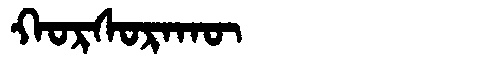
Manchu: ᡴᠣᡵᠰᠣᡵᠠᡴᡡ
Romanization: KORSORAKŪ